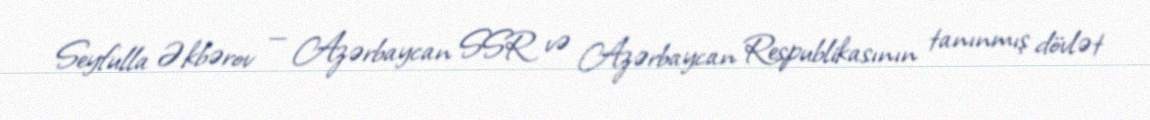
Seyfulla Əkbərov — Azərbaycan SSR və Azərbaycan Respublikasının tanınmış dövlət